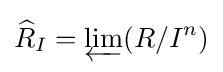
{\widehat {R}}_{I}=\varprojlim (R/I^{n})